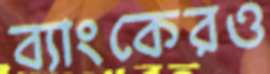
ব্যাংকেরও